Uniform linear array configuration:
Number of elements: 12
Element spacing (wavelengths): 0.5
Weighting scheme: binomial
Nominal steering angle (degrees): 30
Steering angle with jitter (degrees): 28.835
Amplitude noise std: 0.05
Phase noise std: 0.05

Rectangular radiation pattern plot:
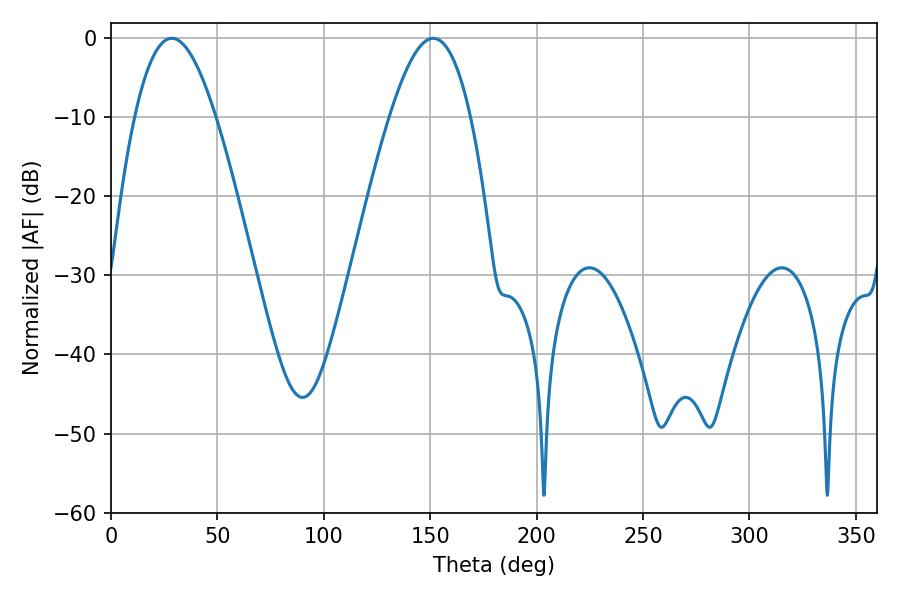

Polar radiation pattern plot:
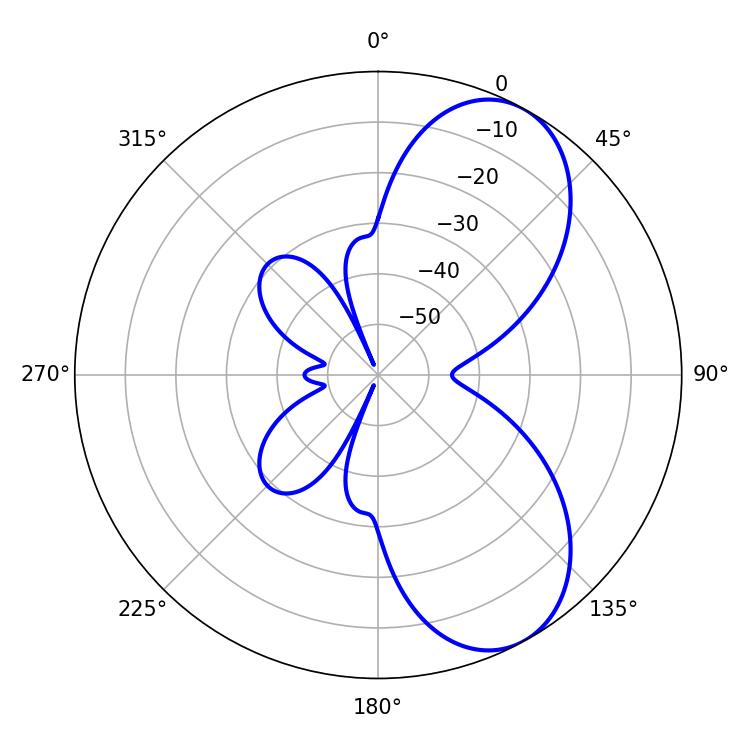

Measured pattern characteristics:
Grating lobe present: FALSE
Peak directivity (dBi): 7.219
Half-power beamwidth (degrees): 20.7
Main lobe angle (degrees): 28.62